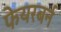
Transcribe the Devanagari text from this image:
फेयरबर्न